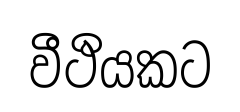
වීථියකට